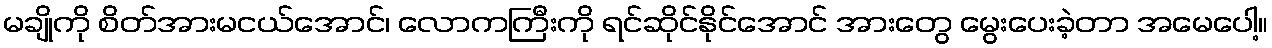
မချိုကို စိတ်အားမငယ်အောင်၊ လောကကြီးကို ရင်ဆိုင်နိုင်အောင် အားတွေ မွေးပေးခဲ့တာ အမေပေါ့။